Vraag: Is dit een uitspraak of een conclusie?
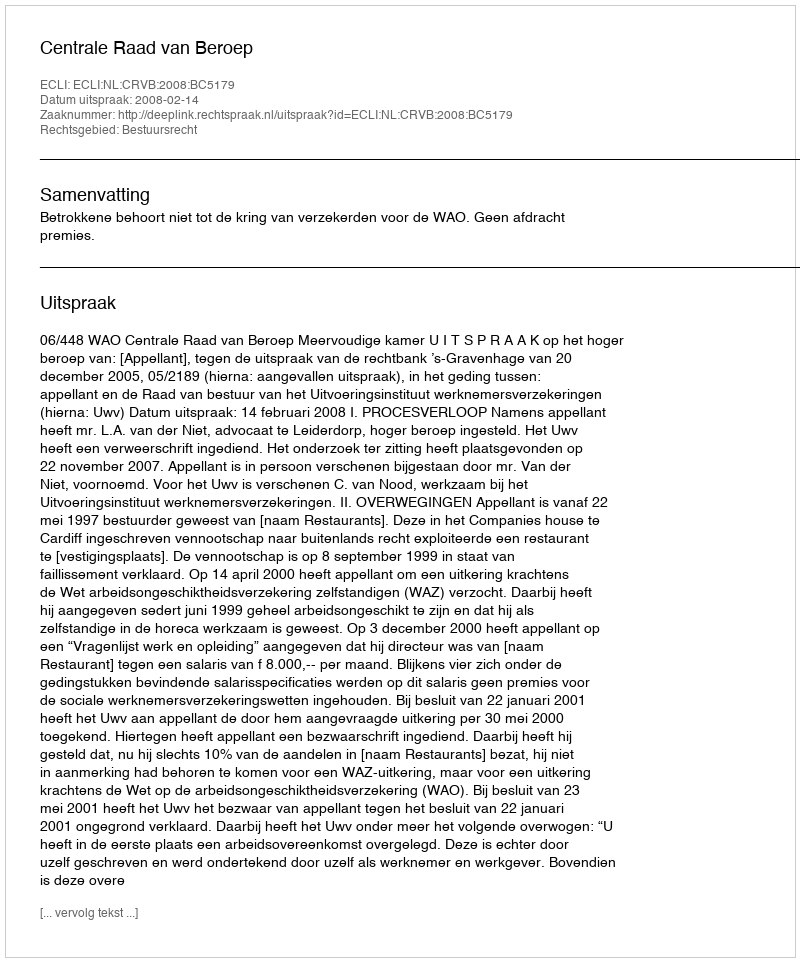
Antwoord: Uitspraak